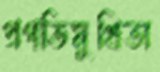
প্রগতিমুখিতা